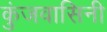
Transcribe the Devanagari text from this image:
कुंजवासिनी